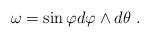
LaTeX: \begin{align*}\omega=\sin\varphi d\varphi\wedge d\theta\ . \end{align*}